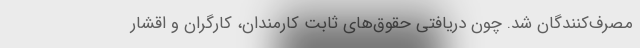
مصرف‌کنندگان شد. چون دریافتی حقوق‌های ثابت کارمندان، کارگران و اقشار